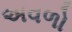
અવળો